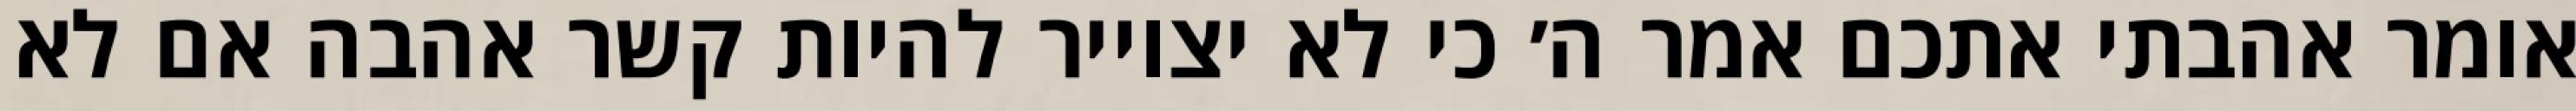
אומר אהבתי אתכם אמר ה׳ כי לא יצוייר להיות קשר אהבה אם לא